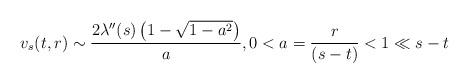
LaTeX: \begin{align*} v_{s}(t,r) \sim \frac{2 \lambda''(s)\left(1-\sqrt{1-a^{2}}\right)}{a}, 0<a=\frac{r}{(s-t)}<1\ll s-t\end{align*}